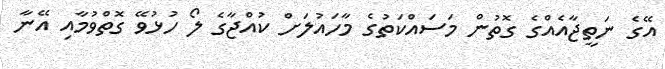
އޭގެ ނަތީޖާއެއްގެ ގޮތުން މަސައްކަތުގެ މާހައުލަށް ކުއްޖާގެ ލޯ ހުޅުވޭ ގޮތްވުމާއި އޭނާ